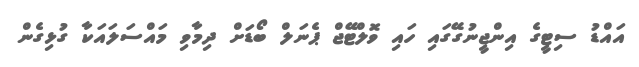
އައްޑު ސިޓީގެ އިންޖީނުގޭގައި ހައި ވޮލްޓޭޖް ޕެނަލް ބޯޑަށް ދިމާވި މައްސަލައަކާ ގުޅިގެން